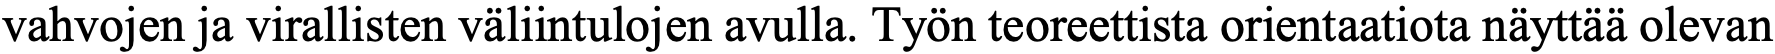
vahvojen ja virallisten väliintulojen avulla. Työn teoreettista orientaatiota näyttää olevan